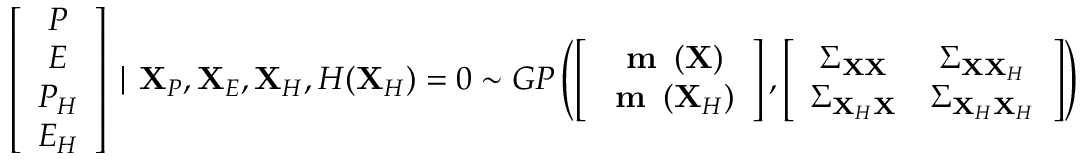
\left[ \begin{array} { c } { P } \\ { E } \\ { P _ { H } } \\ { E _ { H } } \end{array} \right] \mid \mathbf { X } _ { P } , \mathbf { X } _ { E } , \mathbf { X } _ { H } , H ( \mathbf { X } _ { H } ) = 0 \sim G P \left( \left[ \begin{array} { c } { \textbf { m } \left( \mathbf { X } \right) } \\ { \textbf { m } \left( \mathbf { X } _ { H } \right) } \end{array} \right] , \left[ \begin{array} { c c } { \boldsymbol { \Sigma } _ { \mathbf { X } \mathbf { X } } } & { \boldsymbol { \Sigma } _ { \mathbf { X } \mathbf { X } _ { H } } } \\ { \boldsymbol { \Sigma } _ { \mathbf { X } _ { H } \mathbf { X } } } & { \boldsymbol { \Sigma } _ { \mathbf { X } _ { H } \mathbf { X } _ { H } } } \end{array} \right] \right)